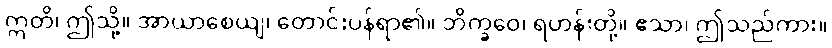
ဣတိ၊ ဤသို့။ အာယာစေယျ၊ တောင်းပန်ရာ၏။ ဘိက္ခဝေ၊ ရဟန်းတို့။ ဧသာ၊ ဤသည်ကား။